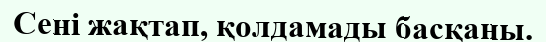
Сені жақтап, қолдамады басқаны.